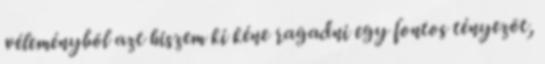
véleménybõl azt hiszem ki kéne ragadni egy fontos tényezõt,